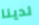
لدينا